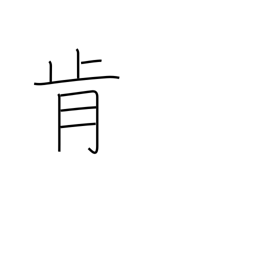
Meaning: consent